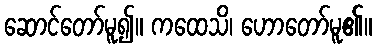
ဆောင်တော်မူ၍။ ကထေသိ၊ ဟောတော်မူ၏။